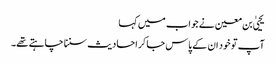
یحییٰ بن معین نے جواب میں کہا
آپ تو خود ان کے پاس جا کر احادیث سننا چاہتے تھے۔